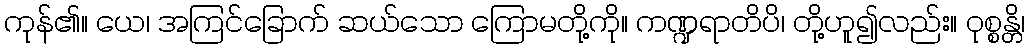
ကုန်၏။ ယေ၊ အကြင်ခြောက် ဆယ်သော ကြောမတို့ကို။ ကဏ္ဍရာတိပိ၊ တို့ဟူ၍လည်း။ ဝုစ္စန္တိ၊